Leaving Certificate Examination (including Day School Certificate (Higher) General paper), 1934
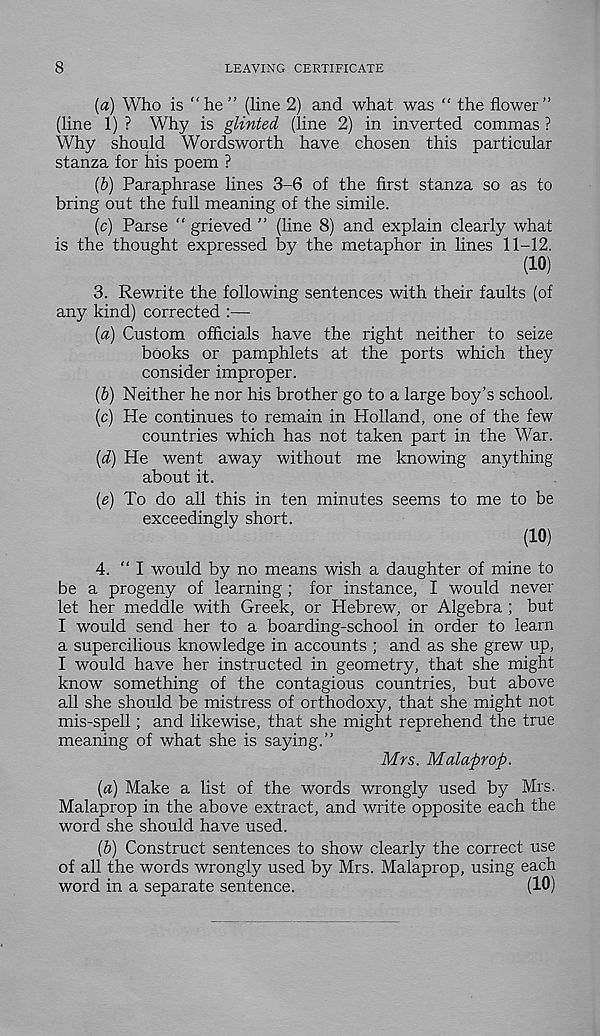
8
LEAVING CERTIFICATE
(a) Who is “he” (line 2) and what was “ the flower”
(line 1) ? Why is glinted (line 2) in inverted commas ?
Why should Wordsworth have chosen this particular
stanza for his poem ?
(b) Paraphrase lines 3-6 of the first stanza so as to
bring out the full meaning of the simile.
(c) Parse " grieved ” (line 8) and explain clearly what
is the thought expressed by the metaphor in lines 11-12.
(10)
3. Rewrite the following sentences with their faults (of
any kind) corrected :—
(a) Custom officials have the right neither to seize
books or pamphlets at the ports which they
consider improper.
(b) Neither he nor his brother go to a large boy’s school.
(c) He continues to remain in Holland, one of the few
countries which has not taken part in the War.
(d) He went away without me knowing anything
about it.
(e)
To do all this in ten minute
exceedingly short.
(10)
4. “I would by no means wish a daughter of mine to
be a progeny of learning ; for instance, I would never
let her meddle with Greek, or Hebrew, or Algebra ; but
I would send her to a boarding-school in order to learn
a supercilious knowledge in accounts ; and as she grew up,
I would have her instructed in geometry, that she might
know something of the contagious countries, but above
ail she should be mistress of orthodoxy, that she might not
mis-spell; and likewise, that she might reprehend the true
meaning of what she is saying.”
Mrs. Malaprop.
(a) Make a list of the words wrongly used by Mrs.
Malaprop in the above extract, and write opposite each the
word she should have used.
(b) Construct sentences to show clearly the correct use
of all the words wrongly used by Mrs. Malaprop, using each
word in a separate sentence.
(10)